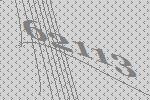
62113